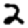
Digit: 2